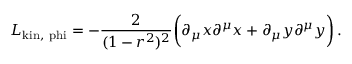
{ \cal L } _ { \mathrm { k i n , \ p h i } } = - { \frac { 2 } { ( 1 - r ^ { 2 } ) ^ { 2 } } } \bigg ( \partial _ { \mu } x \partial ^ { \mu } x + \partial _ { \mu } y \partial ^ { \mu } y \bigg ) \, .